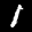
Label: 1